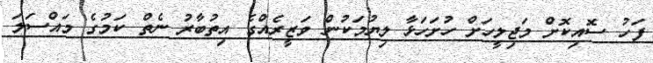
ފަހު ސޮއިކޮށް މަޖިލީހަށް ހުށަހަޅާ ލިޔުމަކުން ވަޒީރެއްގެ އިތުބާރު ނެތް ކަމުގެ މައްސަލަ